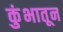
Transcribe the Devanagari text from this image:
कुंभातून